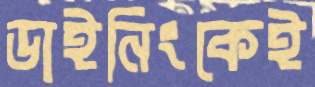
ডাইনিংকেই